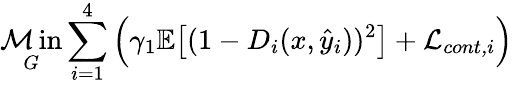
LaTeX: \operatorname*{\mathcal{M}in}_{G}\sum_{i=1}^{4}\Big(\gamma_{1}\mathbb{{E}}\big[(1-D_{i}(x,\hat{{y}}_{i}))^{2}\big]+\mathcal{{L}}_{\textit{{cont,i}}}\Big)